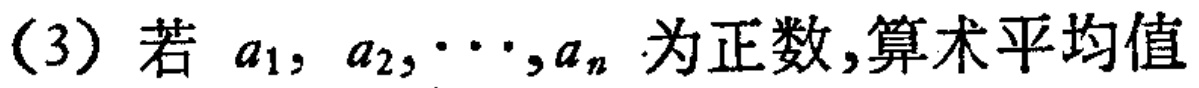
（3）若 \(a_{1},a_{2},\cdots,a_{n}\) 为正数,算术平均值